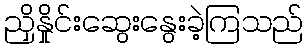
ညှိနှိုင်းဆွေးနွေးခဲ့ကြသည်